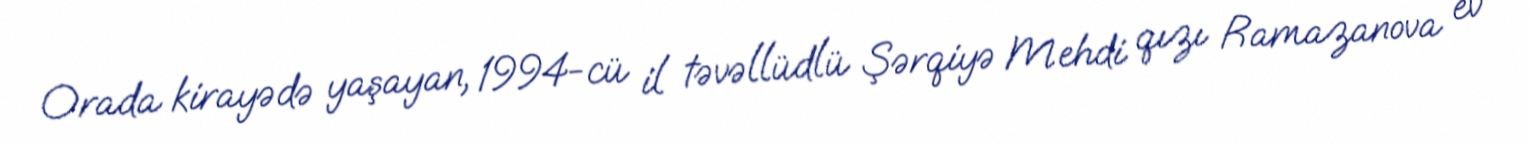
Orada kirayədə yaşayan, 1994-cü il təvəllüdlü Şərqiyə Mehdi qızı Ramazanova ev